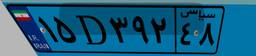
۵۳D۷۹۱۶۲